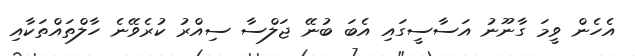
އެހެން ވީމަ ގާނޫނު އަސާސީގައި އެބަ ބުނޭ ޖަލްސާ ސިއްރު ކުރެވޭނެ ހާލްތައްތަކާއި